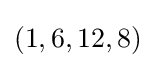
\textstyle (1,6,12,8)